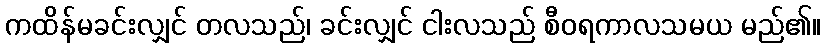
ကထိန်မခင်းလျှင် တလသည်၊ ခင်းလျှင် ငါးလသည် စီဝရကာလသမယ မည်၏။